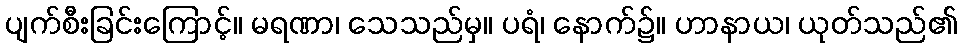
ပျက်စီးခြင်းကြောင့်။ မရဏာ၊ သေသည်မှ။ ပရံ၊ နောက်၌။ ဟာနာယ၊ ယုတ်သည်၏